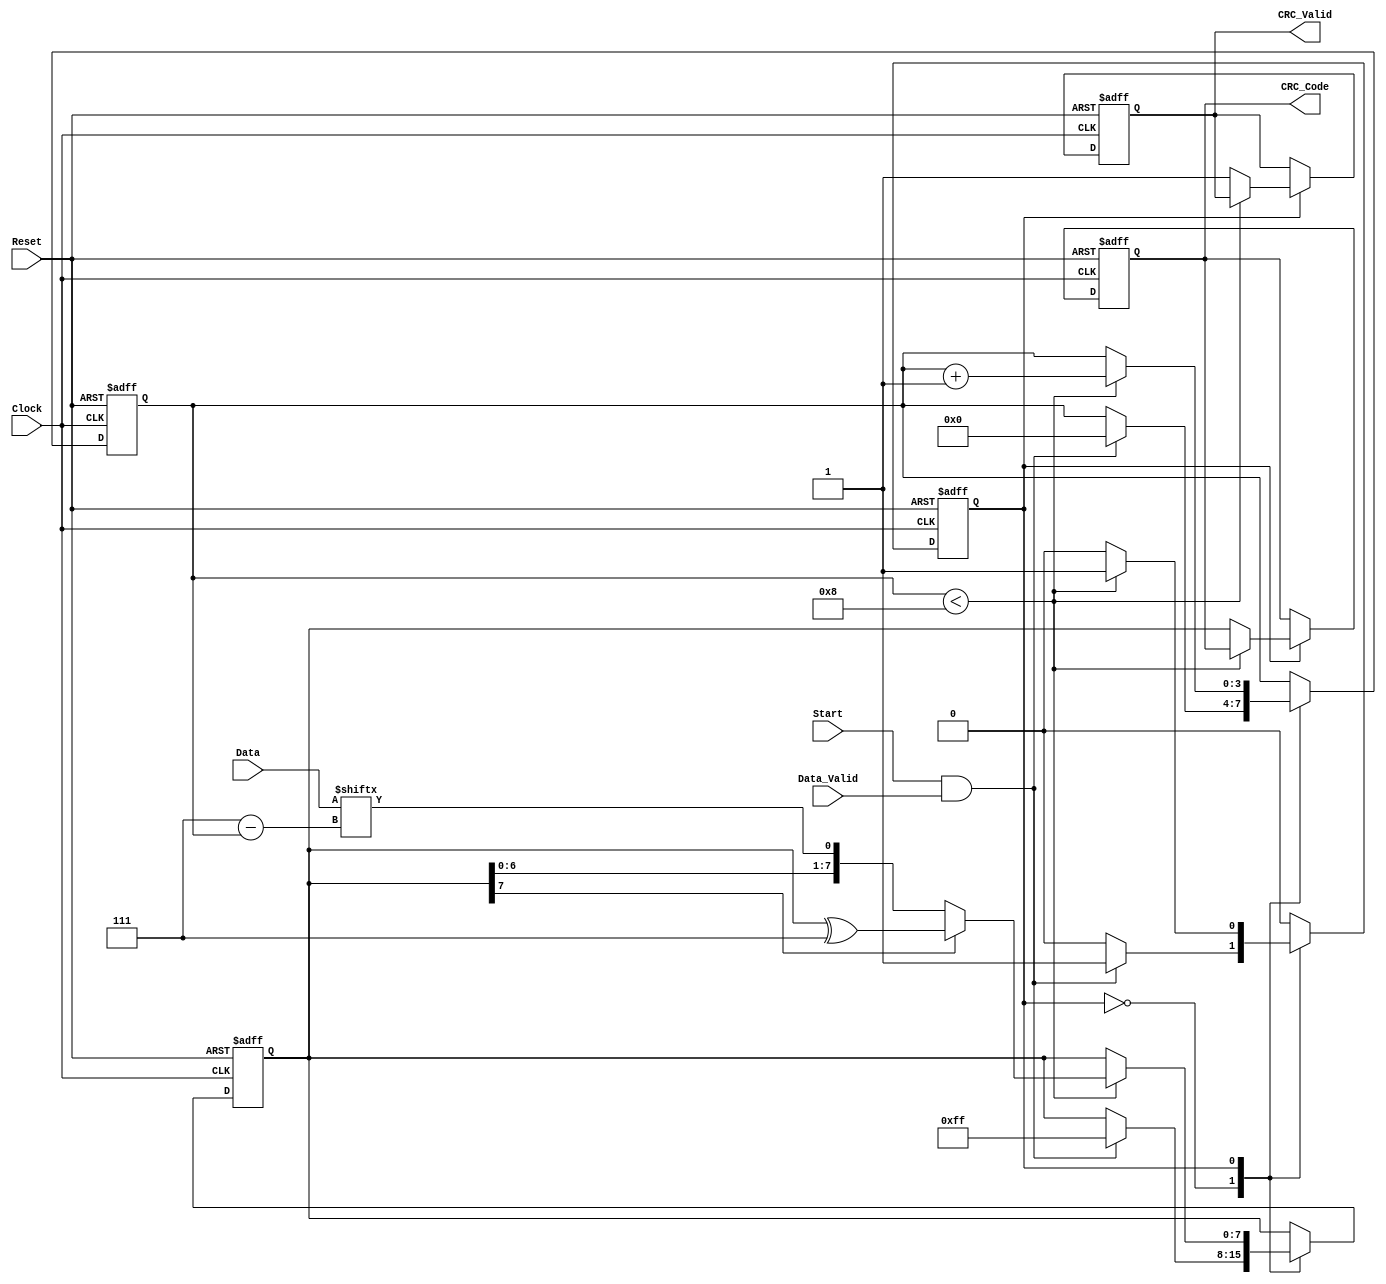
module Parameterized_CRC #(
    parameter CRC_Width = 8,          // Width of the CRC output
    parameter Poly_Degree = 8,         // Degree of the polynomial
    parameter Polynomial = 8'h07,      // Polynomial coefficients (example: x^8 + x^2 + x + 1)
    parameter Initial_Value = 8'hFF     // Initial value of the CRC
)(
    input wire [CRC_Width-1:0] Data,   // Input data
    input wire Data_Valid,               // Data valid signal
    input wire Reset,                    // Reset signal
    input wire Clock,                    // Clock signal
    input wire Start,                    // Start signal for CRC computation
    output reg [CRC_Width-1:0] CRC_Code, // Computed CRC checksum
    output reg CRC_Valid                 // Valid CRC output signal
);

    // Internal signals
    reg [CRC_Width-1:0] crc_reg;        // CRC shift register
    reg [3:0] bit_count;                 // Bit counter
    reg state;                           // State variable (0: idle, 1: processing)

    // State machine
    always @(posedge Clock or posedge Reset) begin
        if (Reset) begin
            crc_reg <= Initial_Value;
            CRC_Code <= 0;
            CRC_Valid <= 0;
            bit_count <= 0;
            state <= 0; // Idle state
        end else begin
            case (state)
                0: begin // Idle state
                    if (Start && Data_Valid) begin
                        crc_reg <= Initial_Value; // Reset CRC to initial value
                        bit_count <= 0;
                        state <= 1; // Move to processing state
                    end
                end

                1: begin // Processing state
                    if (bit_count < CRC_Width) begin
                        // Shift in the data bit
                        crc_reg <= {crc_reg[CRC_Width-2:0], Data[CRC_Width-1-bit_count]};
                        // Perform polynomial division
                        if (crc_reg[CRC_Width-1]) begin
                            crc_reg <= crc_reg ^ Polynomial; // XOR with polynomial
                        end
                        bit_count <= bit_count + 1;
                    end else begin
                        CRC_Code <= crc_reg; // Output the final CRC code
                        CRC_Valid <= 1; // Indicate CRC is valid
                        state <= 0; // Go back to idle
                    end
                end

                default: state <= 0; // Default to idle state
            endcase
        end
    end

endmodule